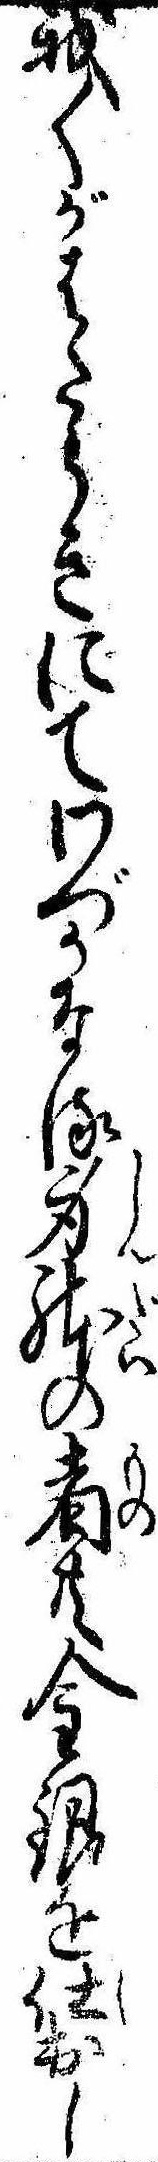
我〱がはたらきにてわづかなる身体の者共金銀を仕出し